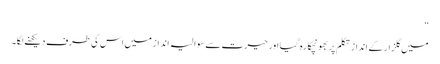
“
میں گلزار کے انداز ِ تکلم پر بھونچکا رہ گیا اور حیرت سے سوالیہ انداز میں اس کی طرف دیکھنے لگا۔